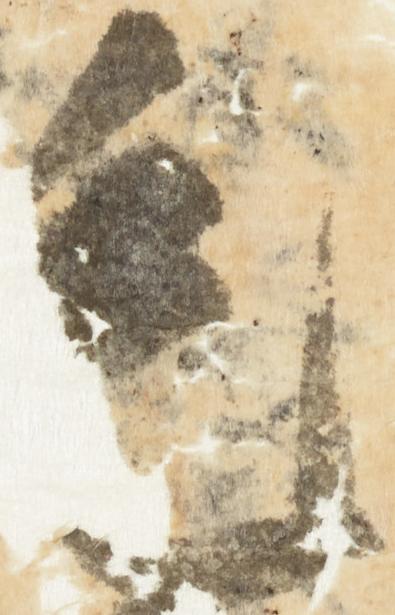
毛